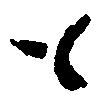
も